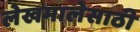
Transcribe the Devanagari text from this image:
लेखमालेसाठी